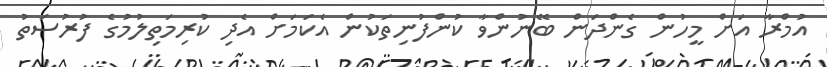
އުމްރާ އަށް މީހުން ގެންދަން ބޭނުންވާ ކުންފުނިތަކުން އެކަމަށް އެދި ކުރިމަތިލުމުގެ ފުރުސަތު